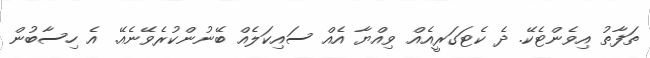
ތަފާތު އިވެންޓެކޭ. ދެ ކެޓަގަރީއެއް ވިއްޔާ އެެއް ސައިކަލެއް ބޭނުންކުރެވޭނެއޭ. އެ ހިސާބުން